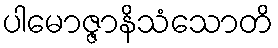
ပါမောဇ္ဇာနိသံသောတိ